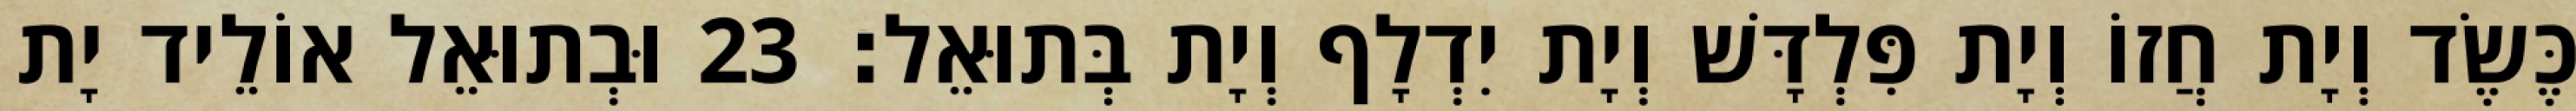
כֶּשֶׂד וְיָת חֲזוֹ וְיָת פִּלְדָּשׁ וְיָת יִדְלָף וְיָת בְּתוּאֵל׃ 23 וּבְתוּאֵל אוֹלֵיד יָת